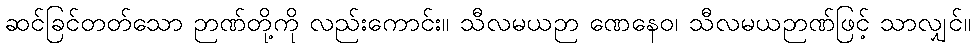
ဆင်ခြင်တတ်သော ဉာဏ်တို့ကို လည်းကောင်း။ သီလမယဉာ ဏေနေဝ၊ သီလမယဉာဏ်ဖြင့် သာလျှင်။